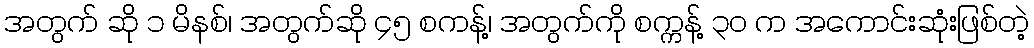
အတွက် ဆို ၁ မိနစ်၊ အတွက်ဆို ၄၅ စကန့်၊ အတွက်ကို စက္ကန့် ၃၀ က အကောင်းဆုံးဖြစ်တဲ့